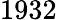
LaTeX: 1932